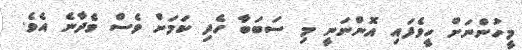
މީހުންނަށް ހީވެފައި އޮންނަނީ މި ސަބަބާ ހެދި ކަމަށް ވެސް ވެދާނެ އެވެ.